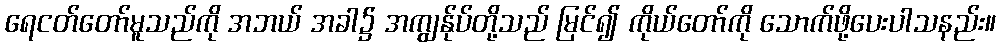
ရေငတ်တော်မူသည်ကို အဘယ် အခါ၌ အကျွန်ုပ်တို့သည် မြင်၍ ကိုယ်တော်ကို သောက်ဖို့ပေးပါသနည်း။